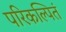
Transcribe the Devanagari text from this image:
परिकल्पितं